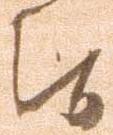
候